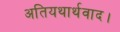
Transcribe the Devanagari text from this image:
अतियथार्थवाद।